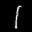
Label: 1